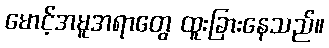
မောင့်အမူအရာတွေ ထူးခြားနေသည်။